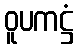
ဝူပကဋ္ဌံ